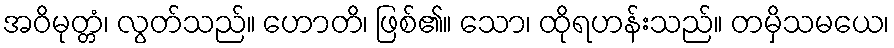
အဝိမုတ္တံ၊ လွတ်သည်။ ဟောတိ၊ ဖြစ်၏။ သော၊ ထိုရဟန်းသည်။ တမှိသမယေ၊